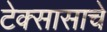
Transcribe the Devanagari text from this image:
टेक्सासाचे